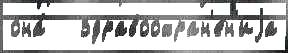
она́   здравоохран'е́н'иjа